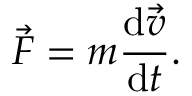
{ \vec { F } } = m { \frac { \mathrm { d } { \vec { v } } } { \mathrm { d } t } } .